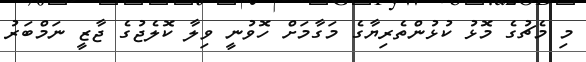
މި މެޗުގެ މޮޅު ކުޅުންތެރިޔާގެ މަގާމަށް ހޮވުނީ ވިލާ ކޮލެޖުގެ ޖާޒީ ނަމްބަރު